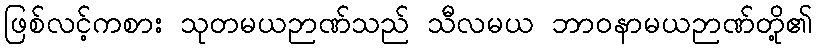
ဖြစ်လင့်ကစား သုတမယဉာဏ်သည် သီလမယ ဘာဝနာမယဉာဏ်တို့၏